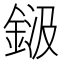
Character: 𮡾